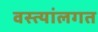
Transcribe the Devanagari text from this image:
वस्त्यांलगत